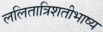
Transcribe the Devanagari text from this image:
ललितात्रिशतीभाष्य